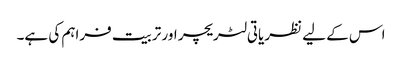
اس کے لیے نظریاتی لٹریچر اور تربیت فراہم کی ہے۔